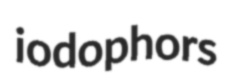
iodophors